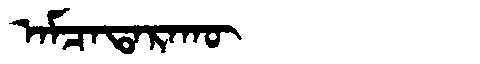
Manchu: ᠠᠮᠴᠠᡨᠠᡵᠠᡴᡡ
Romanization: AMCATARAKŪ